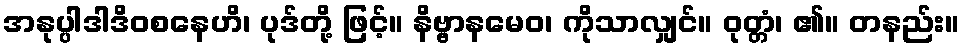
အနုပ္ပါဒါဒိဝစနေဟိ၊ ပုဒ်တို့ ဖြင့်။ နိဗ္ဗာနမေဝ၊ ကိုသာလျှင်။ ဝုတ္တံ၊ ၏။ တနည်း။